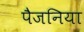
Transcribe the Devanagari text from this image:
पैजनिया